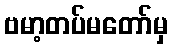
ဗမာ့တပ်မတော်မှ